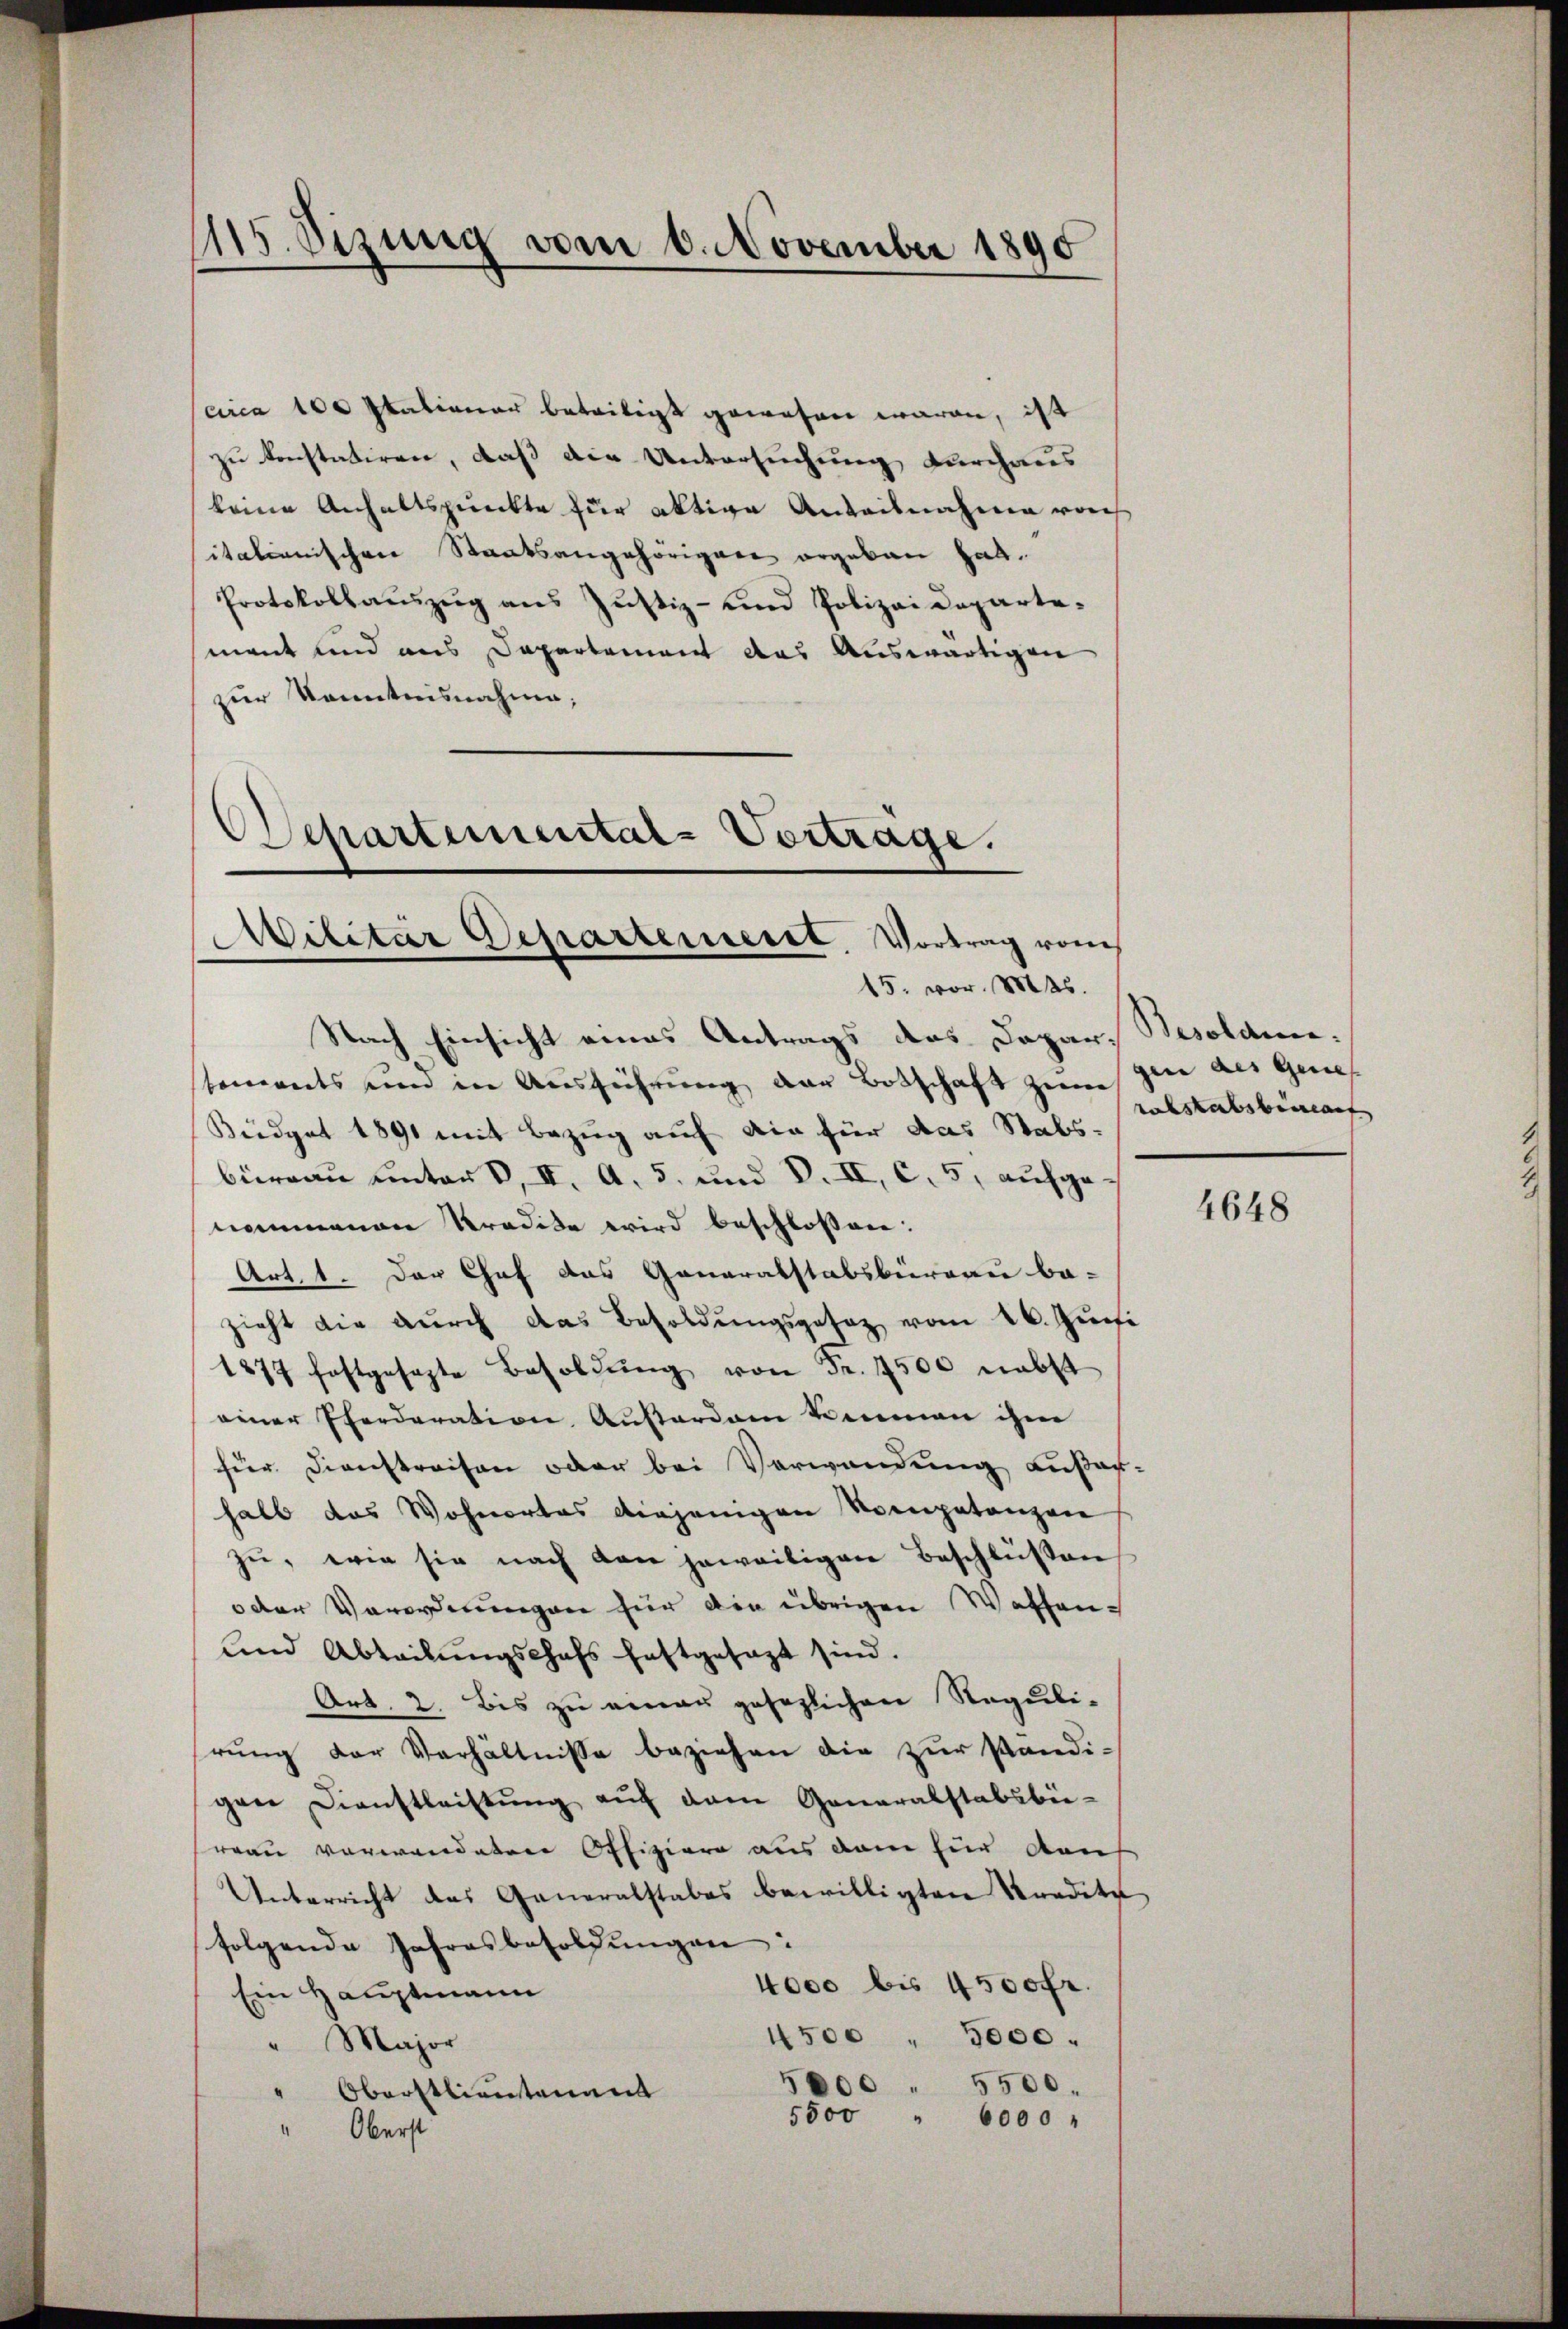
1115. Sizung vom 6. November 1890

circa 100 Italienar beseitigt gewesen waren, ist
zu konstatiren, daß die Untersuchung durchaus
keine Anhaltspunkte für aktive Anteilnahme von
italienischen Staatsangehörigen ergeben hat.
Protokollaŭszŭg ans Jŭstiz- und Polizei Departe.
mant und aus Departement das Auswärtigen
zur Kenntnisnahme;

Schartemental-Vortrage.
Militar Departemesse, Vortrag vom
15. vor. Mts.

gin des Genies
rabstalsberauf

Nach Einsicht eines Antrags das Dapar, Besoldunsements und in Ausführung der Botschaft zum
Büdget 1891 mit Bezug auf die für das Stabs-
büreau unter, II. A. 5. und V. II, c. 5, aufgenommenen Kredite wird beschlossen:
Art. 1. Der Chef das Ganaralstabsbureau ba-
zieht die durch das Besoldŭngsgesez vom 26. Juni
1877 festgesagte Besoldŭng von Fr. 7500 nebst
einer Pferderation Ausardam verman ihne
für Dienstreisen oder bei Verwendung außerhalb das Wohnortes diejenigen Kompetanzen
zŭ, wie sie nach den jeweiligen Beschlüssen
oder Verordnungen für die übrigen Waffen¬
und Abteilŭngschafs festgesagt sind.
Art. 2. Bis zu einer gesezlichen Reguli-
rŭng der Verhältnisse beziehen die zŭr Pandi-
gen Dienstleistŭng aŭf dem Generalstabsbie-
reau vorwandeten Offiziere aus dem für den
Unterricht des Generalstabes bewilligten Kredite
folgende Jahresbesoldŭngen:
4000 bis 4500 fr.
Ein Hauptmann
450. 5000.
" Major
5600 " 5500.
" Oberstlieutenant
5500 " 6000 "
Oberst

4648